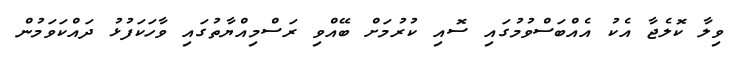
ވިލާ ކޮލެޖާ އެކު އެއްބަސްވުމުގައި ސޮއި ކުރުމަށް ބޭއްވި ރަސްމިއްޔާތުގައި ވާހަކަފުޅު ދައްކަވަމުން